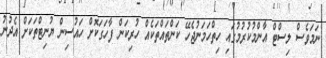
ނަމަވެސް ލިސްޓް އާންމުކުރުމުގައި ހިތްހަމަނުޖެހޭ ކަންތައްތަކެއް ހުރިކަން ފާހަގަކޮށް ހައުސިން ޔުނިޓްތަކަށް އެދުނު